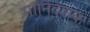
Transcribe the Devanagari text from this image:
मार्निर्देशक